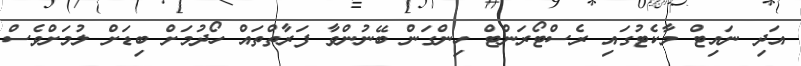
އަދި ނައިޓް މާކެޓުގައި ރެސްޓޯރަންޓް ހިންގަން ބޭނުންވާ ފަރާތްތައް ހޯދުމަށް ބިޑަށް ލުމަށްވެސް